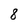
Character: 8